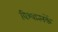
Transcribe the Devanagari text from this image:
विश्वात्मकें